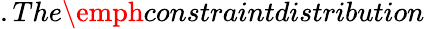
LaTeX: .The\emph{constraintdistribution}